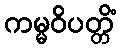
ကမ္မဝိပတ္တိံ